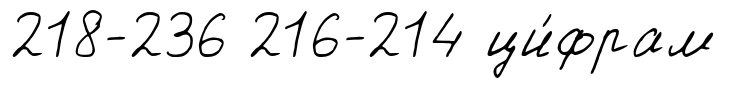
218-236 216-214 ци́фрам